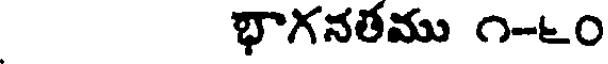
భాగనతము ౧-౬౦